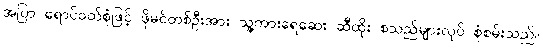
အပြာ ရောင်ဝတ်စုံဖြင့် ဖိုမင်တစ်ဦးအား သူ့ကားရေဆေး ဆီထိုး စသည်များလုပ် စုံစမ်းသည်။